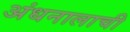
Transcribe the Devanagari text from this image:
अंधनालाची